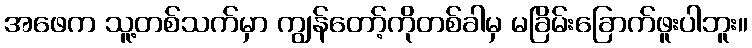
အဖေက သူ့တစ်သက်မှာ ကျွန်တော့်ကိုတစ်ခါမှ မခြိမ်းခြောက်ဖူးပါဘူး။